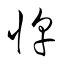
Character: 惇